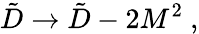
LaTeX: \tilde{D}\to\tilde{D}-2M^{2}\ ,